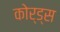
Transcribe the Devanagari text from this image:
कोर्ड्स